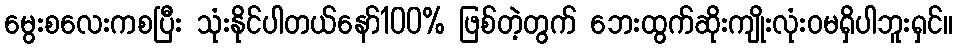
မွေးစလေးကစပြီး သုံးနိုင်ပါတယ်နော်100% ဖြစ်တဲ့တွက် ဘေးထွက်ဆိုးကျိုးလုံးဝမရှိပါဘူးရှင်။